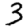
Digit: 3